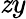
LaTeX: \mathit{z}y